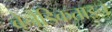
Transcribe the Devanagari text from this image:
बेनेडिकताइन